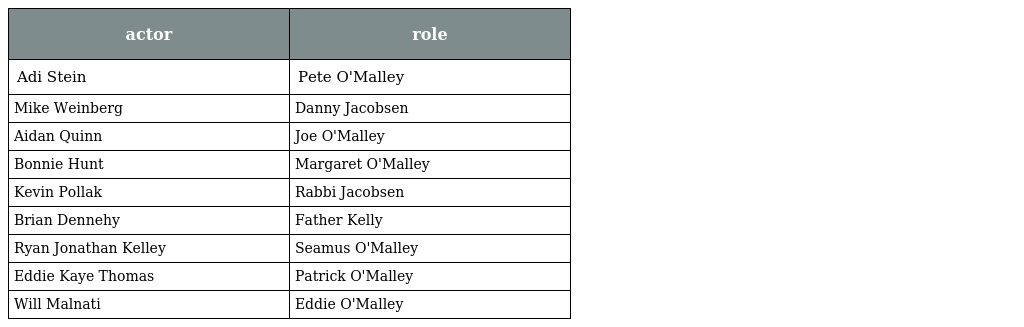
| actor | role |
 | --- | --- |
 | Adi Stein | Pete O'Malley |
 | Mike Weinberg | Danny Jacobsen |
 | Aidan Quinn | Joe O'Malley |
 | Bonnie Hunt | Margaret O'Malley |
 | Kevin Pollak | Rabbi Jacobsen |
 | Brian Dennehy | Father Kelly |
 | Ryan Jonathan Kelley | Seamus O'Malley |
 | Eddie Kaye Thomas | Patrick O'Malley |
 | Will Malnati | Eddie O'Malley |